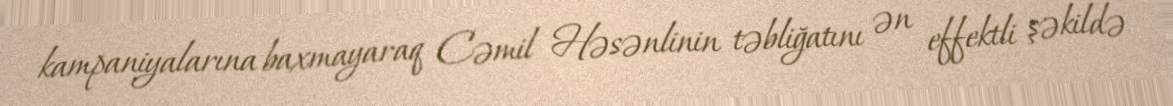
kampaniyalarına baxmayaraq Cəmil Həsənlinin təbliğatını ən effektli şəkildə